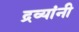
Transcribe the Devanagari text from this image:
द्रव्यांनी